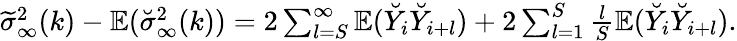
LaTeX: \begin{array}{r}{\widetilde{\sigma}_{\infty}^{2}(k)-\mathbb{E}(\breve{\sigma}_{\infty}^{2}(k))=2\sum_{l=S}^{\infty}\mathbb{E}(\breve{Y}_{i}\breve{Y}_{i+l})+2\sum_{l=1}^{S}\frac{l}{S}\mathbb{E}(\breve{Y}_{i}\breve{Y}_{i+l}).}\end{array}